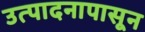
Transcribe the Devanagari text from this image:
उत्पादनापासून